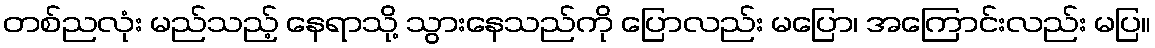
တစ်ညလုံး မည်သည့် နေရာသို့ သွားနေသည်ကို ပြောလည်း မပြော၊ အကြောင်းလည်း မပြ။